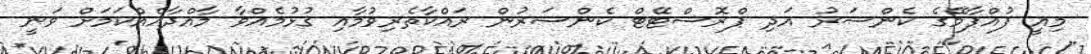
މިއީ ފުއްޕާމޭގެ ކެންސަރު އަދި ޕްރޮސްޓޭޓް ކެންސަރުން ރައްކާތެރިވުމާއި ގުޅުމެއްވާ މާއްދާއެއްކަމަށް ވަނީ